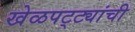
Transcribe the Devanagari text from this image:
खेळपट्ट्यांची